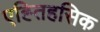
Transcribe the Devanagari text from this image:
एह्तिहसिक